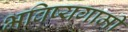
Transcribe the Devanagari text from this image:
भविष्यगामी